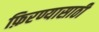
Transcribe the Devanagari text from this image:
फ़िरण्यासाठी